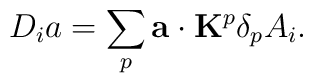
D_ia=\sum_p{\bf a}\cdot {\bf K}^p\delta_pA_i.